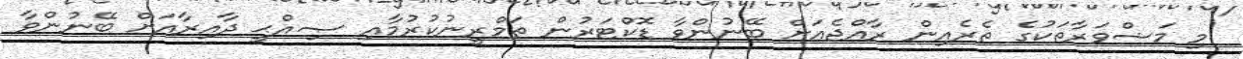
މި މަޝްވަރާތަކުގެ ތެެރެއިން ރާއްޖެއަށް ބޭނުންވާ ޑޮކްޓަރުން ތަމްރީނުކުރުމާއި ޞިއްޙީ ދާއިރާއަށް ބޭނުންވާ